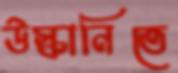
উস্কানিতে